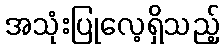
အသုံးပြုလေ့ရှိသည့်